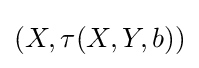
(X,\tau (X,Y,b))